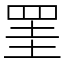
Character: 罣